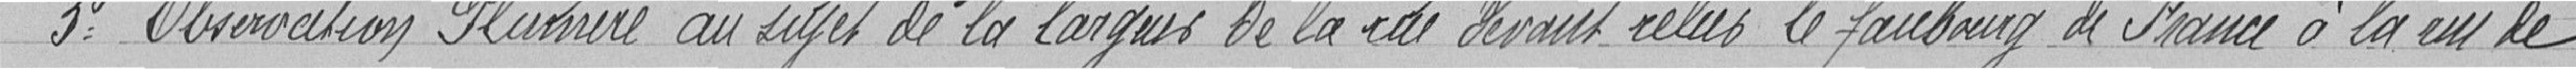
3° Observation Plu... au sujet de la largeur de la rue devant relier le faubourg de France à la rue de